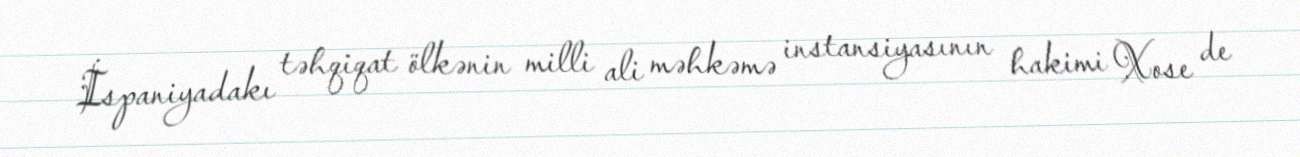
İspaniyadakı təhqiqat ölkənin milli ali məhkəmə instansiyasının hakimi Xose de